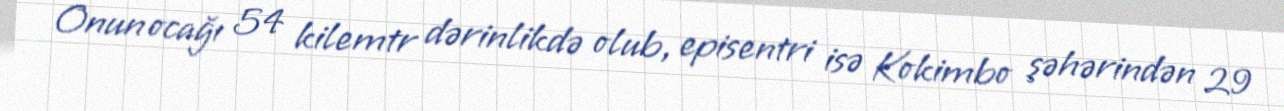
Onun ocağı 54 kilemtr dərinlikdə olub, episentri isə Kokimbo şəhərindən 29